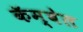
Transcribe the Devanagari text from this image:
कॅम्बेल